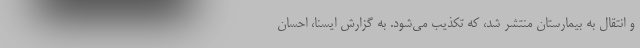
و انتقال به بیمارستان منتشر شد، که تکذیب می‌شود. به گزارش ایسنا، احسان